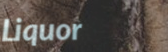
Liquor